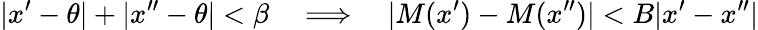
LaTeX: |x^{\prime}-\theta|+|x^{\prime\prime}-\theta|<\beta\quad\Longrightarrow\quad|M(x^{\prime})-M(x^{\prime\prime})|<B|x^{\prime}-x^{\prime\prime}|